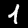
Digit: 1